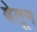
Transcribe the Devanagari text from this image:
बेतून